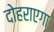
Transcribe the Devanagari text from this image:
दोहराएगा